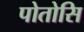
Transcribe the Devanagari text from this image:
पोतोसि